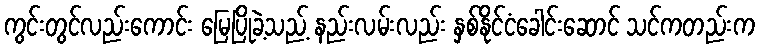
ကွင်းတွင်လည်းကောင်း မြေပြိုခဲ့သည့် နည်းလမ်းလည်း နှစ်နိုင်ငံခေါင်းဆောင် သင်ကတည်းက